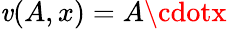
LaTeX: \mathit{v}(A,x)=A\cdotx